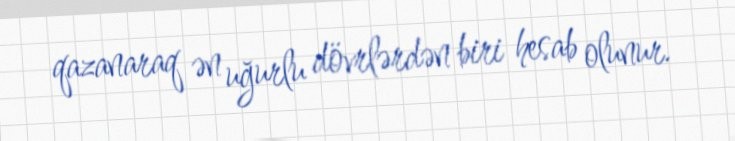
qazanaraq ən uğurlu dövrlərdən biri hesab olunur.